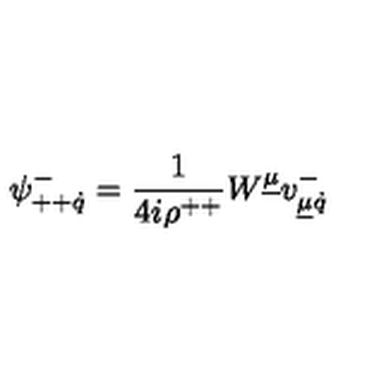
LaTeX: \psi _ { + + \dot { q } } ^ { - } = { \frac { 1 } { 4 i \rho ^ { + + } } } W ^ { \underline { { \mu } } } v _ { \underline { { \mu } } \dot { q } } ^ { - }